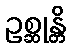
ဥစ္ဆုန္တိ